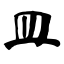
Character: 皿